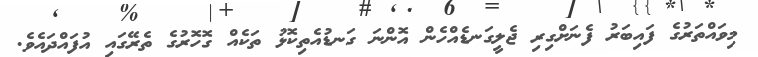
މިވައްތަރުގެ ފައިބަރު ފެނަށްގިރި ޖެލީގަނޑެއްހެން އޮންނަ ގަނޑުއެތިކޮޅު ތަކެއް ގޮހޮރުގެ ތެރޭގައި އުފައްދައެވެ.